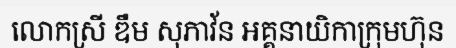
លោកស្រី ឌឹម សុភាវ័ន អគ្គនាយិកាក្រុមហ៊ុន